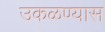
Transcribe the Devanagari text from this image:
उकळण्यास